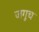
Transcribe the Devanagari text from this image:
जगूच